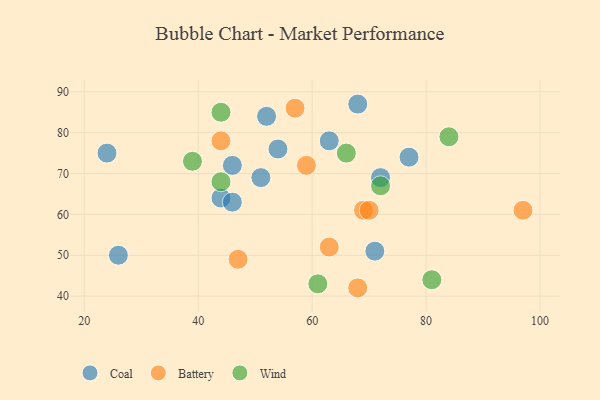
{"axis": {"x": "GDP", "y": "Life Expectancy"}, "legend": ["Battery", "Coal", "Wind"], "data": [{"x": "77", "y": 74, "type": "Coal"}, {"x": "71", "y": 51, "type": "Coal"}, {"x": "63", "y": 78, "type": "Coal"}, {"x": "51", "y": 69, "type": "Coal"}, {"x": "46", "y": 72, "type": "Coal"}, {"x": "72", "y": 69, "type": "Coal"}, {"x": "44", "y": 64, "type": "Coal"}, {"x": "26", "y": 50, "type": "Coal"}, {"x": "46", "y": 63, "type": "Coal"}, {"x": "68", "y": 87, "type": "Coal"}, {"x": "52", "y": 84, "type": "Coal"}, {"x": "24", "y": 75, "type": "Coal"}, {"x": "54", "y": 76, "type": "Coal"}, {"x": "63", "y": 52, "type": "Battery"}, {"x": "69", "y": 61, "type": "Battery"}, {"x": "47", "y": 49, "type": "Battery"}, {"x": "97", "y": 61, "type": "Battery"}, {"x": "70", "y": 61, "type": "Battery"}, {"x": "57", "y": 86, "type": "Battery"}, {"x": "44", "y": 78, "type": "Battery"}, {"x": "59", "y": 72, "type": "Battery"}, {"x": "68", "y": 42, "type": "Battery"}, {"x": "66", "y": 75, "type": "Wind"}, {"x": "81", "y": 44, "type": "Wind"}, {"x": "72", "y": 67, "type": "Wind"}, {"x": "84", "y": 79, "type": "Wind"}, {"x": "44", "y": 85, "type": "Wind"}, {"x": "44", "y": 68, "type": "Wind"}, {"x": "39", "y": 73, "type": "Wind"}, {"x": "61", "y": 43, "type": "Wind"}]}